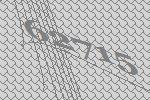
62715